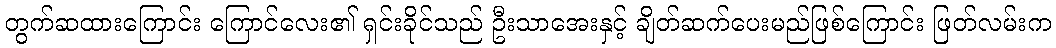
တွက်ဆထားကြောင်း ကြောင်လေး၏ ရှင်းခိုင်သည် ဦးသာအေးနှင့် ချိတ်ဆက်ပေးမည်ဖြစ်ကြောင်း ဖြတ်လမ်းက